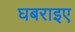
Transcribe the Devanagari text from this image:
घबराइए